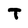
Character: T